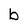
Character: b